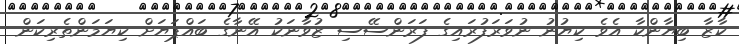
ކާޒާ ބިޔާންކާ އެވެ ކިޔުނު ނުވަރަފުރައިގެ ފަރަންސޭސި ޒުވާނަކު އޭނާގެ ބައްޕަޔަށް ކިޔަމަންތެރިކަން